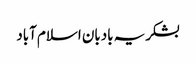
بشکریہ بادبان اسلام آباد